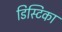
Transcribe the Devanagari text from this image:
डिस्टिका